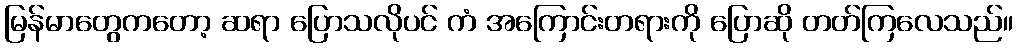
မြန်မာတွေကတော့ ဆရာ ပြောသလိုပင် ကံ အကြောင်းတရားကို ပြောဆို တတ်ကြလေသည်။